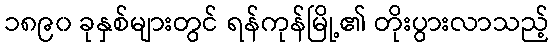
၁၈၉၀ ခုနှစ်များတွင် ရန်ကုန်မြို့၏ တိုးပွားလာသည့်